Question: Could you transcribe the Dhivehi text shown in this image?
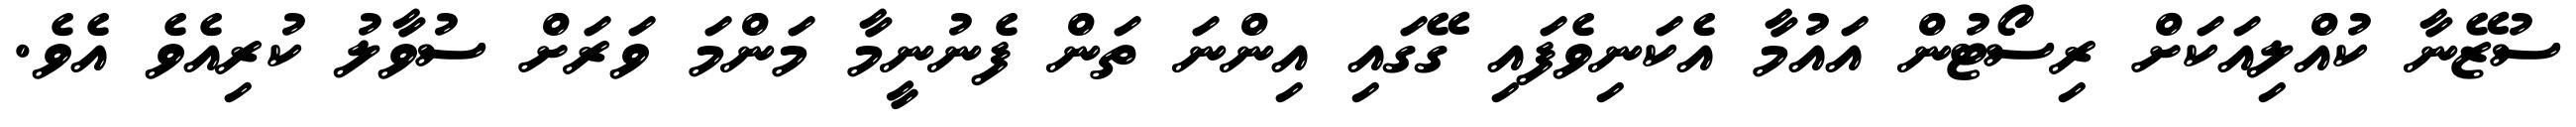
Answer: ސުޒޭނާ ކުއްލިއަކަށް ރިސޯޓުން އައުމާ އެކަނިވެފައި ގޭގައި އިންނަ ތަން ފެނުނީމާ މަންމަ ވަރަށް ސުވާލު ކުރިއެވެ އެވެ.